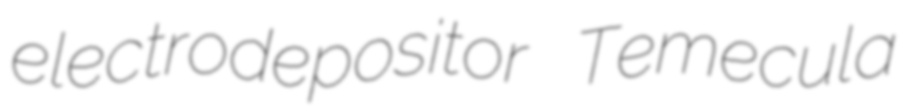
electrodepositor Temecula